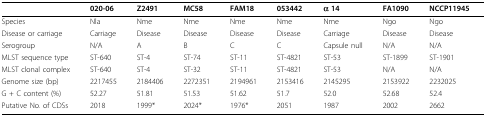
|  | 020-06 | Z2491 | MC58 | FAM18 | 053442 | α 14 | FA1090 | NCCP11945 |
 | --- | --- | --- | --- | --- | --- | --- | --- | --- |
 | Species | Nla | Nme | Nme | Nme | Nme | Nme | Ngo | Ngo |
 | Disease or carriage | Carriage | Disease | Disease | Disease | Disease | Carriage | Disease | Disease |
 | Serogroup | N/A | A | B | C | C | Capsule null | N/A | N/A |
 | MLST sequence type | ST-640 | ST-4 | ST-74 | ST-11 | ST-4821 | ST-53 | ST-1899 | ST-1901 |
 | MLST clonal complex | ST-640 | ST-4 | ST-32 | ST-11 | ST-4821 | ST-53 | N/A | N/A |
 | Genome size (bp) | 2217455 | 2184406 | 2272351 | 2194961 | 2153416 | 2145295 | 2153922 | 2232025 |
 | G + C content (%) | 52.27 | 51.81 | 51.53 | 51.62 | 51.7 | 52.0 | 52.68 | 52.4 |
 | Putative No. of CDSs | 2018 | 1999* | 2024* | 1976* | 2051 | 1987 | 2002 | 2662 |